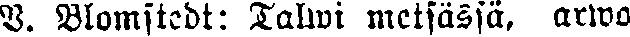
V. Blomstedt: Talwi metsässä, arwo